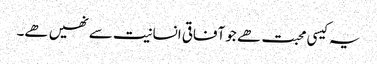
یہ کیسی محبت ھے جو آفاقی انسانیت سے نھیں ھے۔